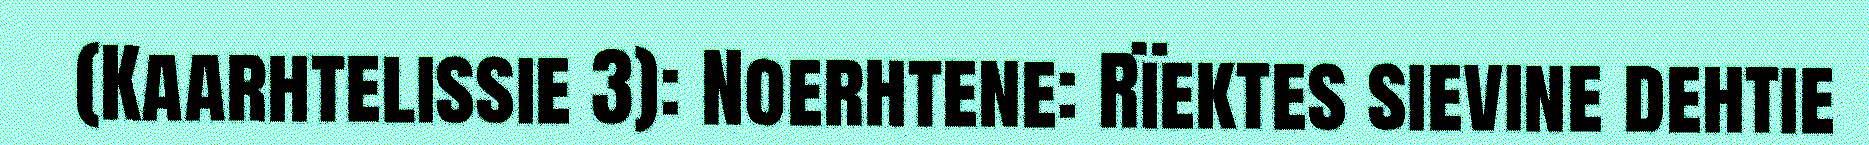
(Kaarhtelissie 3): Noerhtene: Rïektes sievine dehtie